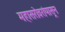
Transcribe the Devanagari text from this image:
महासरोवरांपासून